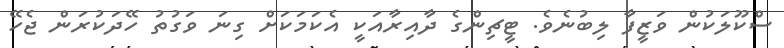
ސްކޫލަކުން ވަޒީފާ ލިބުނެވެ. ޓީޗިންގެ ދާއިރާއަކީ އެކަމަކަށް ގިނަ ވަގުތު ހޭދަކުރަން ޖެހޭ